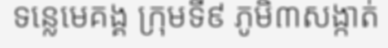
ទន្លេមេគង្គ ក្រុមទី៩ ភូមិ៣សង្កាត់